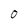
Character: 0